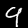
Digit: 9